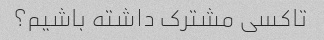
تاکسی مشترک داشته باشیم؟